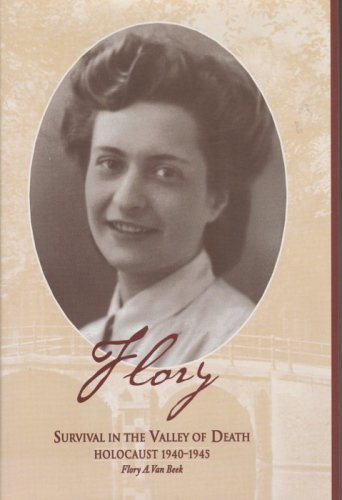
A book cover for Flory: Survival in the Valley of Death (illustrated); Flory A. Van Beek; Biographies & Memoirs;